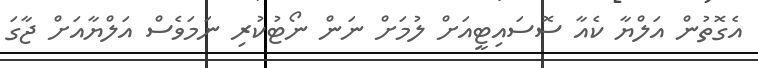
އެގޮތުން އަލްޔާ ކެއާ ސޮސައިޓީއަށް ލުމަށް ނަން ނޯޓުކުރި ނަމަވެސް އަލްޔާއަށް ޖާގަ